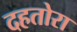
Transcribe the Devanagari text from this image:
दहतोरा